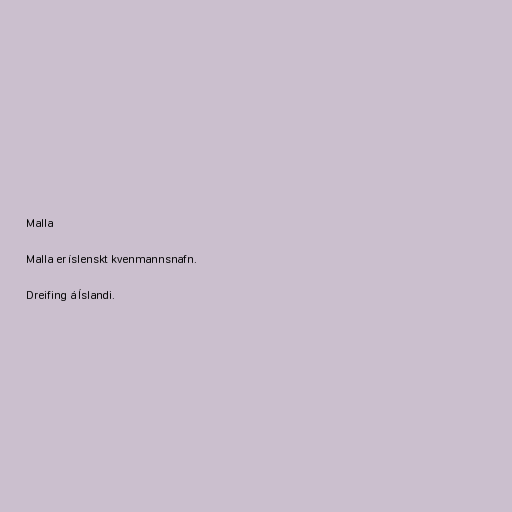
Malla

Malla er íslenskt kvenmannsnafn.

Dreifing á Íslandi.